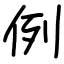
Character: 例